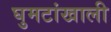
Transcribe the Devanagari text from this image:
घुमटांखाली